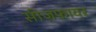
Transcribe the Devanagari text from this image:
सीज़फ़ायर